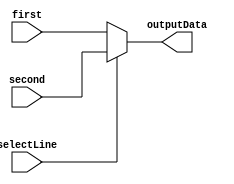
`timescale 1ns / 1ps
//////////////////////////////////////////////////////////////////////////////////
// Company: 
// Engineer: 
// 
// Design Name: 
// Module Name: mux
// Project Name: 
// Target Devices: 
// Tool Versions: 
// Description: 
// 
// Dependencies: 
// 
// Revision:
// Revision 0.01 - File Created
// Additional Comments:
// 
//////////////////////////////////////////////////////////////////////////////////


module mux(first, second, selectLine, outputData);
input [0:7] first;
input [0:7] second; 
input selectLine; 
output reg [0:7] outputData;

always@(*)
begin
if(selectLine == 0)
begin
outputData <= first;
end
else
begin
outputData <= second;
end
end

//assign outData=(selectLine)?second:first;
endmodule